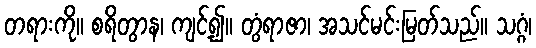
တရားကို။ စရိတွာန၊ ကျင့်၍။ တွံရာဇာ၊ အသင်မင်းမြတ်သည်။ သဂ္ဂံ၊